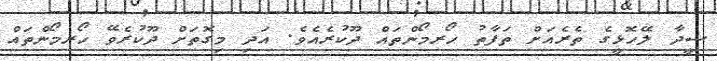
ސީދާ ލޭހޮޅީގެ ތެރެއަށް ތަފާތު ހޯރމޯންތައް ދޫކުރެއެވެ. އަދި މިގޮތަށް ދޫކުރެވޭ ހޯރމޯންތައް